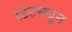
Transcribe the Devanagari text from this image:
स्टेटमधून